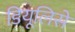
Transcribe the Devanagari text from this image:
डियूलिसे